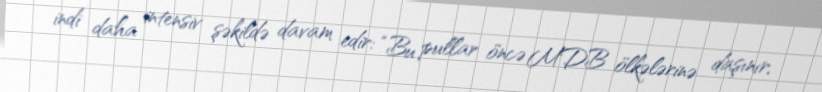
indi daha intensiv şəkildə davam edir: “Bu pullar öncə MDB ölkələrinə daşınır,